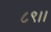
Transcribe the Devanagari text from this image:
८९।।